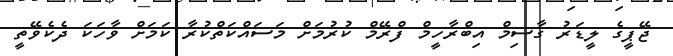
ޖޭޕީގެ ލީޑަރު ގާސިމް އިބްރާހީމް ފްރޭމް ކުރުމަށް މަސައްކަތްކުރާ ކަމަށް ވާހަކަ ދެކެވޭތީ